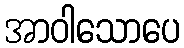
အာဝါသောပေ